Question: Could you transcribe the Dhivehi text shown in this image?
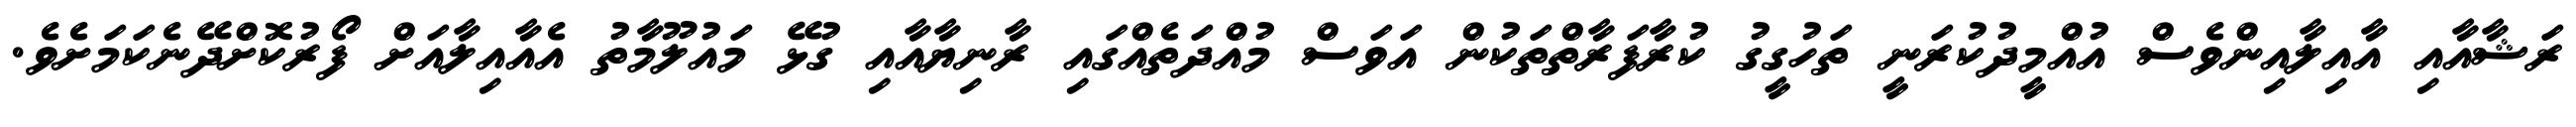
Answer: ރަޝާއާއި އާއިލާއިންވެސް އުއްމީދުކުރަނީ ތަހުގީގު ކުރާފަރާތްތަކުން އަވަސް މުއްދަތެއްގައި ރާނިޔާއާއި ގުޅޭ މައުލޫމާތު އެއާއިލާއަށް ފޯރުކޮށްދޭނެކަމަށެވެ.